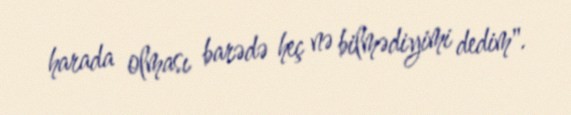
harada olması barədə heç nə bilmədiyimi dedim".